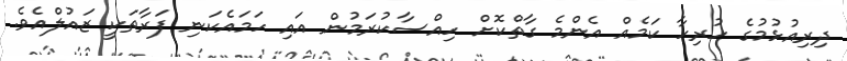
ދިރިއުޅުމުގެ ހުރިހާ ކަމެއް އެންމެ ގާތްކޮށް ހިއްސާކުރަމުން އައި ހަމައެކަނި ފަރާތަކީ ޒައުލްއެވެ.